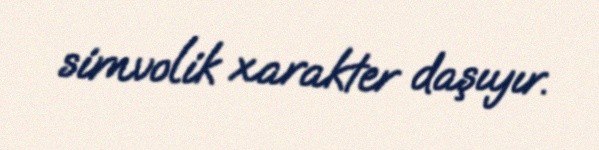
simvolik xarakter daşıyır.